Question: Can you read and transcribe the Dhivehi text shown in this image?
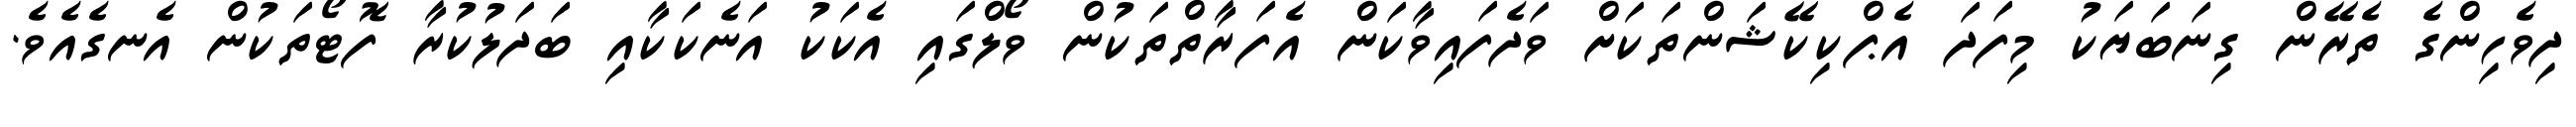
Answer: ދިވެހިންގެ ތެރޭން ގިނަބަޔަކު މިފަދަ އެޕްކިކޭޝަންތަކަށް ވަދެފައިވާކަން އެފަރާތްތަކުން ވޯލްގައި އެކަކު އަނެކަކާއި ބަދަލުކުރާ ފޮޓޯތަކުން އެނގެއެވެ.